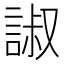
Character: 諔